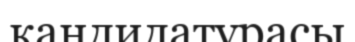
кандидатурасы